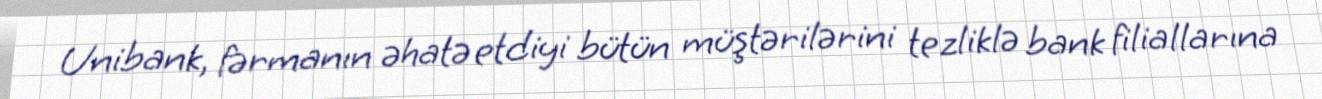
Unibank, fərmanın əhatə etdiyi bütün müştərilərini tezliklə bank filiallarına